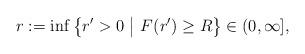
LaTeX: \begin{align*} r:=\inf\big\{ r'>0\ \big|\ F(r')\geq R \big\}\in(0,\infty],\end{align*}